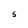
Character: S